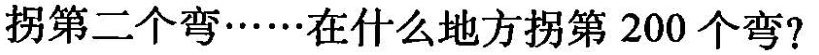
拐第二个弯······在什么地方拐第200个弯?